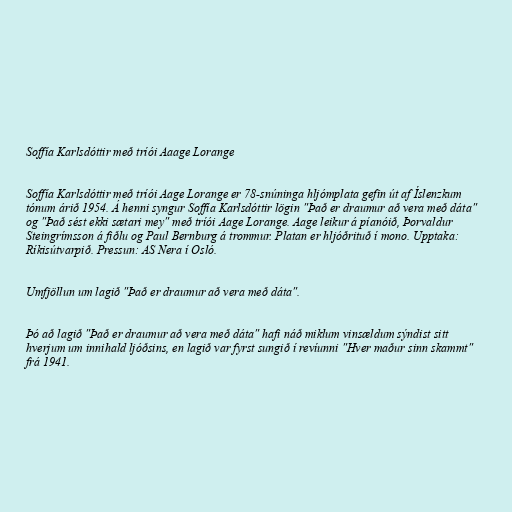
Soffía Karlsdóttir með tríói Aaage Lorange

Soffía Karlsdóttir með tríói Aage Lorange er 78-snúninga hljómplata gefin út af Íslenzkum
tónum árið 1954. Á henni syngur Soffía Karlsdóttir lögin "Það er draumur að vera með dáta"
og "Það sést ekki sætari mey" með tríói Aage Lorange. Aage leikur á píanóið, Þorvaldur
Steingrímsson á fiðlu og Paul Bernburg á trommur. Platan er hljóðrituð í mono. Upptaka:
Ríkisútvarpið. Pressun: AS Nera í Osló.

Umfjöllun um lagið "Það er draumur að vera með dáta".

Þó að lagið "Það er draumur að vera með dáta" hafi náð miklum vinsældum sýndist sitt
hverjum um innihald ljóðsins, en lagið var fyrst sungið í revíunni "Hver maður sinn skammt"
frá 1941.